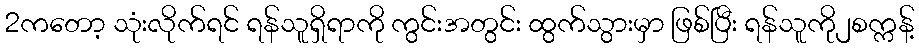
2ကတော့ သုံးလိုက်ရင် ရန်သူရှိရာကို ကွင်းအတွင်း ထွက်သွားမှာ ဖြစ်ပြီး ရန်သူကို၂စက္ကန့်